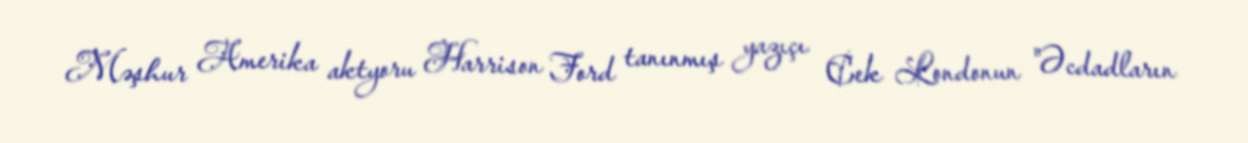
Məşhur Amerika aktyoru Harrison Ford tanınmış yazıçı Cek Londonun "Əcdadların